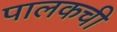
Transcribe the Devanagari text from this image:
पालकची